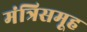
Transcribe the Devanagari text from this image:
मंत्रिसमूह